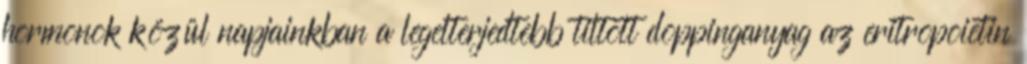
hormonok közül napjainkban a legelterjedtebb tiltott doppinganyag az eritropoietin